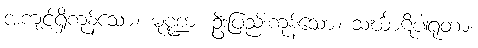
အကျင့်ရှိကုန်သော။ မုဏ္ဍာ၊ ဦးပြည်းကုန်သော။ သင်္ဃာဋိပါရုတာ၊